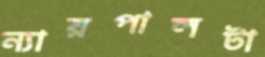
ন্যায়পালটা